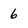
Character: 6